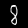
Digit: 8